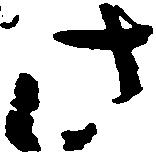
此